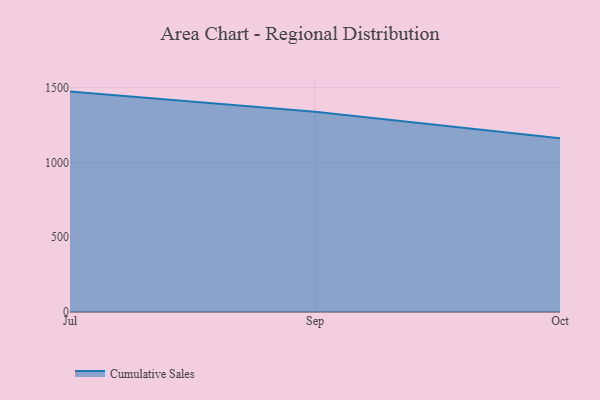
{"axis": {"x": "Month", "y": "Website Visitors"}, "legend": ["Cumulative Sales"], "data": [{"x": "Jul", "y": 1473.7, "type": "Cumulative Sales"}, {"x": "Sep", "y": 1339.0, "type": "Cumulative Sales"}, {"x": "Oct", "y": 1161.2, "type": "Cumulative Sales"}]}